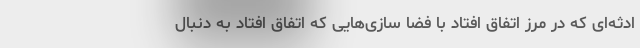
ادثه‌ای که در مرز اتفاق افتاد با فضا سازی‌هایی که اتفاق افتاد به دنبال